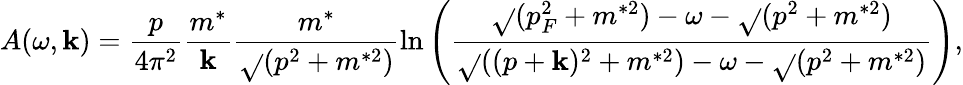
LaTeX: A(\omega,\mathbf{k})=\frac{{p}}{{4\pi^{2}}}\frac{{m^{*}}}{{\mathbf{k}}}\frac{{m^{*}}}{{\sqrt{}{{(p^{2}+m^{*2})}}}}\ln\left(\frac{{\sqrt{}{{(p_{F}^{2}+m^{*2})}}-\omega-\sqrt{}{{(p^{2}+m^{*2})}}}}{{\sqrt{}{{((p+\mathbf{k})^{2}+m^{*2})}}-\omega-\sqrt{}{{(p^{2}+m^{*2})}}}}\right),